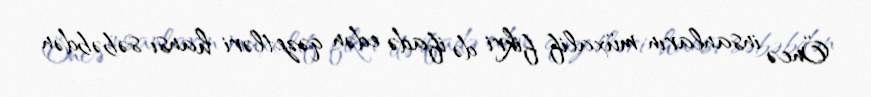
Öncə insanların müxalif fikri də ifadə edən qəzetləri hansı səbəbdən